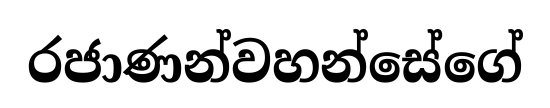
රජාණන්වහන්සේගේ